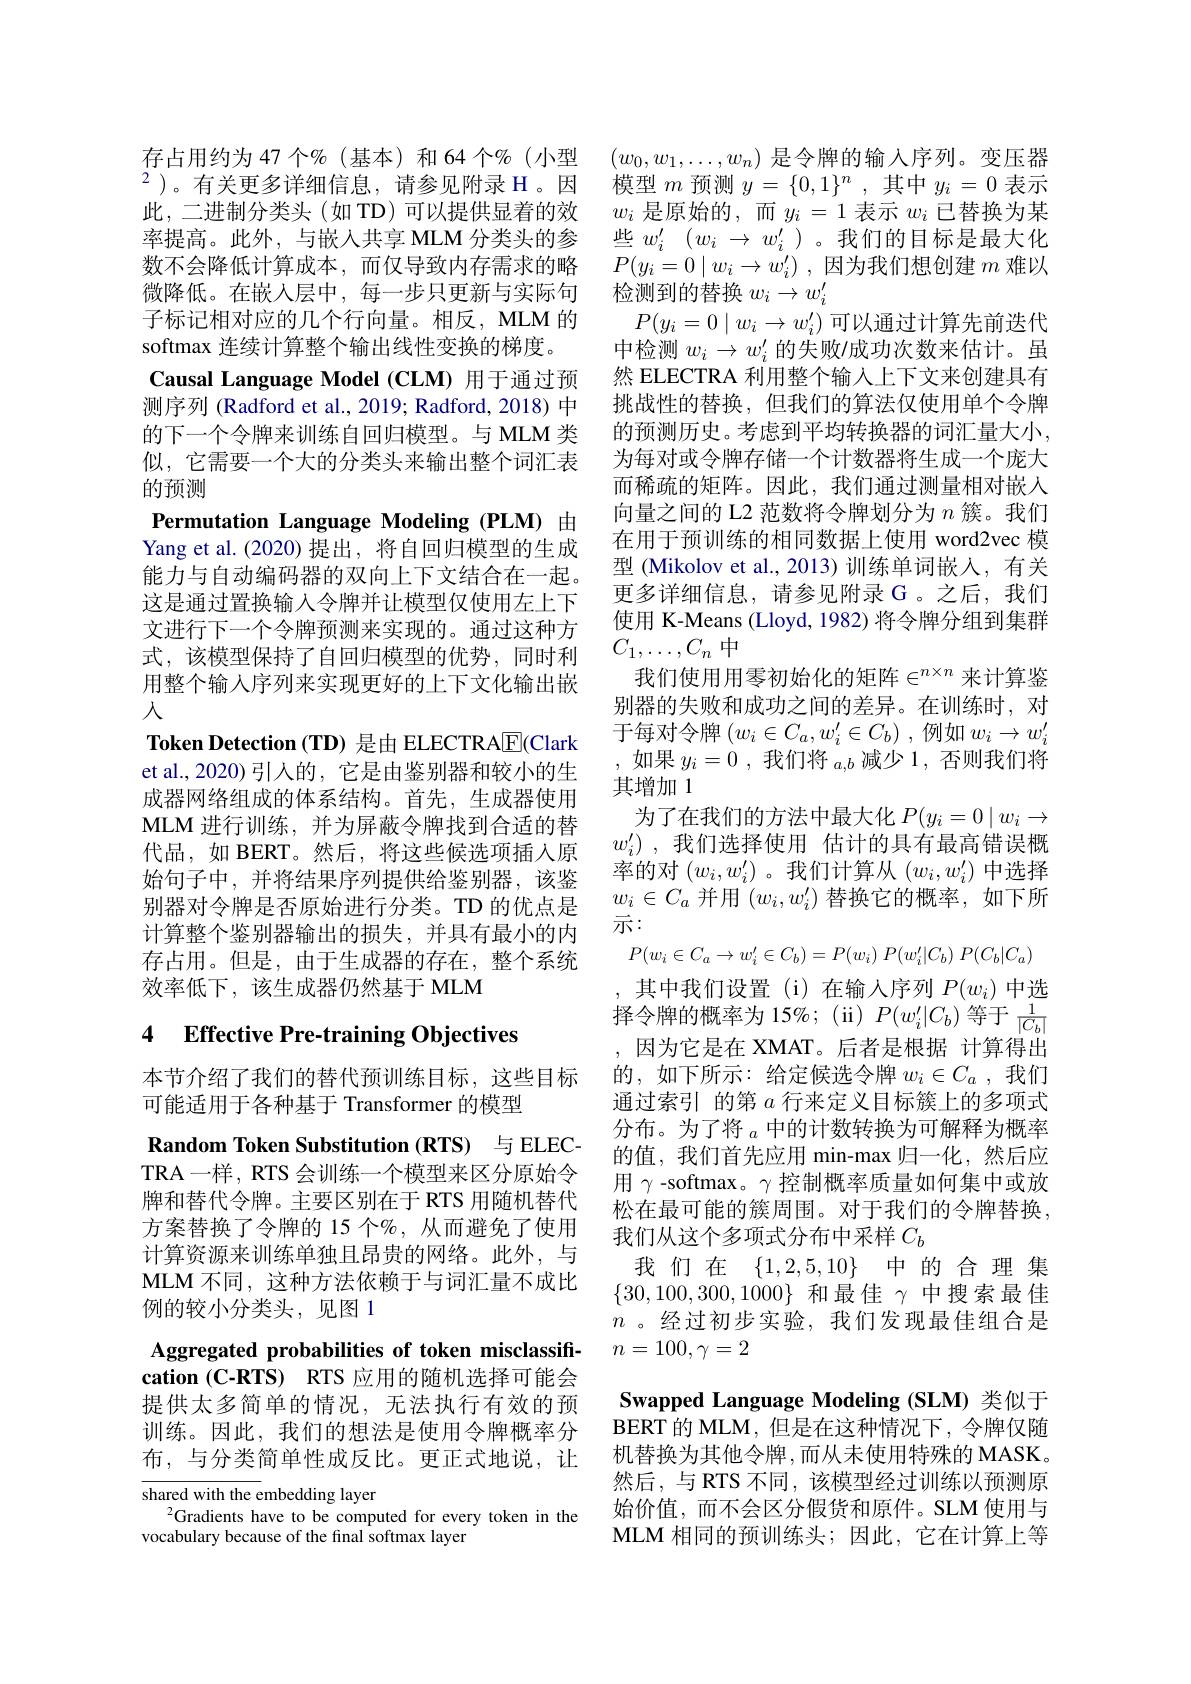
存占用约为 47 个$\%$ (基本)和 64 个% (小型 $(w_0,w_1,\ldots,w_n)$ 是令牌的输入序列。变压器$^2$)。有关更多详细信息，请参见附录$\mathcal{H}$。因 模型$m$预测$y=\{0,1\}^n$ ,其中$y_i=0$表示此，二进制分类头(如 TD) 可以提供显着的效$w_i$是原始的，而$y_i=1$表示$w_i$已替换为某率提高。此外，与嵌人共享 MLM 分类头的参 些$w_i^{\prime}(w_i\to w_i^{\prime})$。我们的目标是最大化数不会降低计算成本，而仅导致内存需求的略 $P( y_i= 0\mid w_i\to w_i^{\prime })$ , 因为我们想创建 $m$ 难以微降低。在嵌入层中，每一步只更新与实际句 检测到的替换$w_i\to w_i^{\prime}$
子标记相对应的几个行向量。相反，MLM 的softmax 连续计算整个输出线性变换的梯度。Causal Language Model (CLM) 用于通过预测序列 (Radford et al., 2019; Radford, 2018) 中 挑战性的替换，但我们的算法仅使用单个令牌
的下一个令牌来训练自回归模型。与 MLM 类似，它需要一个大的分类头来输出整个词汇表的预测
Permutation Language Modeling (PLM) 由Yang et al. (2020) 提出，将自回归模型的生成能力与自动编码器的双向上下文结合在一起。这是通过置换输入令牌并让模型仅使用左上下文进行下一个令牌预测来实现的。通过这种方式，该模型保持了自回归模型的优势，同时利用整个输入序列来实现更好的上下文化输出嵌入
Token Detection (TD) 是由 ELECTRA$\boxed{\mathrm{F}}($Clark et al.,2020)引人的，它是由鉴别器和较小的生成器网络组成的体系结构。首先，生成器使用MLM 进行训练，并为屏蔽令牌找到合适的替代品，如 BERT。然后，将这些候选项插入原始句子中，并将结果序列提供给鉴别器，该鉴别器对令牌是否原始进行分类。TD 的优点是计算整个鉴别器输出的损失，并具有最小的内存占用。但是，由于生成器的存在，整个系统效率低下，该生成器仍然基于 MLM

# 4 Effective Pre-training Objectives

本节介绍了我们的替代预训练目标，这些目标
可能适用于各种基于 Transformer 的模型

Random Token Substitution (RTS) 与 ELECTRA 一样，RTS 会训练一个模型来区分原始令牌和替代令牌。主要区别在于 RTS 用随机替代方案替换了令牌的 15 个%, 从而避免了使用计算资源来训练单独且昂贵的网络。此外，与MLM 不同，这种方法依赖于与词汇量不成比例的较小分类头，见图 1

Aggregated probabilities of token misclassification (C-RTS) RTS 应用的随机选择可能会提供太多简单的情况，无法执行有效的预训练。因此，我们的想法是使用令牌概率分布，与分类简单性成反比。更正式地说，让shared with the embedding layer

$^{2}$Gradients have to be computed for every token in the
vocabulary because of the final softmax layer

$P(y_i=0\mid w_i\to w_i^{\prime})$可以通过计算先前迭代中检测$w_i\to w_i^{\prime}$的失败/成功次数来估计。虽然 ELECTRA 利用整个输入上下文来创建具有的预测历史。考虑到平均转换器的词汇量大小， 为每对或令牌存储一个计数器将生成一个庞大而稀疏的矩阵。因此，我们通过测量相对嵌入向量之间的 L2 范数将令牌划分为$n$簇。我们在用于预训练的相同数据上使用 word2vec 模型 (Mikolov et al., 2013) 训练单词嵌入，有关更多详细信息，请参见附录 G 。之后，我们使用 K-Means (Lloyd, 1982) 将令牌分组到集群$C_1,\ldots,C_n$中
我们使用用零初始化的矩阵$\in^n\times n$ 来计算鉴别器的失败和成功之间的差异。在训练时，对于每对令牌$(w_i\in C_a,w_i^{\prime}\in C_b)$ ,例如$w_i\to w_i^{\prime}$ ,如果$y_i=0$,我们将$_a,b$减少1，否则我们将其增加 1
为了在我们的方法中最大化$P(y_i=0\mid w_i\to$ $w_i^{\prime })$ ,我们选择使用 估计的具有最高错误概率的对$(w_i,w_i^{\prime})$。我们计算从$(w_i,w_i^{\prime})$中选择$w_{i}\in C_{a}$并用$(w_i,w_i^{\prime})$替换它的概率，如下所示：
$P( w_i\in C_a\to w_i^{\prime }\in C_b) = P( w_i)$ $P( w_i^{\prime }| C_b)$ $P( C_b| C_a)$ ,其中我们设置(i)在输入序列$P(w_i)$中选择令牌的概率为15%;(ii)$P(w_i^{\prime}|C_b)$等于$\frac1{|C_b|}$ ,因为它是在 XMAT。后者是根据 计算得出的，如下所示：给定候选令牌$w_i\in C_a$ ,我们通过索引 的第$a$行来定义目标簇上的多项式分布。为了将$_a$中的计数转换为可解释为概率的值，我们首先应用 min-max 归一化，然后应用$\gamma$ -softmax。$\gamma$控制概率质量如何集中或放松在最可能的簇周围。对于我们的令牌替换， 我们从这个多项式分布中采样$C_b$
我们在 $\{ 1, 2, 5, 10\}$中的合理集$\{30,100,300,1000\}$和最佳$\gamma$中搜索最佳$n$ 。经过初步实验，我们发现最佳组合是$n=100,\gamma=2$
Swapped Language Modeling (SLM) 类似于BERT 的 MLM, 但是在这种情况下，令牌仅随

机替换为其他令牌，而从未使用特殊的 MASK。然后，与 RTS 不同，该模型经过训练以预测原始价值，而不会区分假货和原件。SLM 使用与MLM 相同的预训练头；因此，它在计算上等